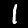
Label: 1